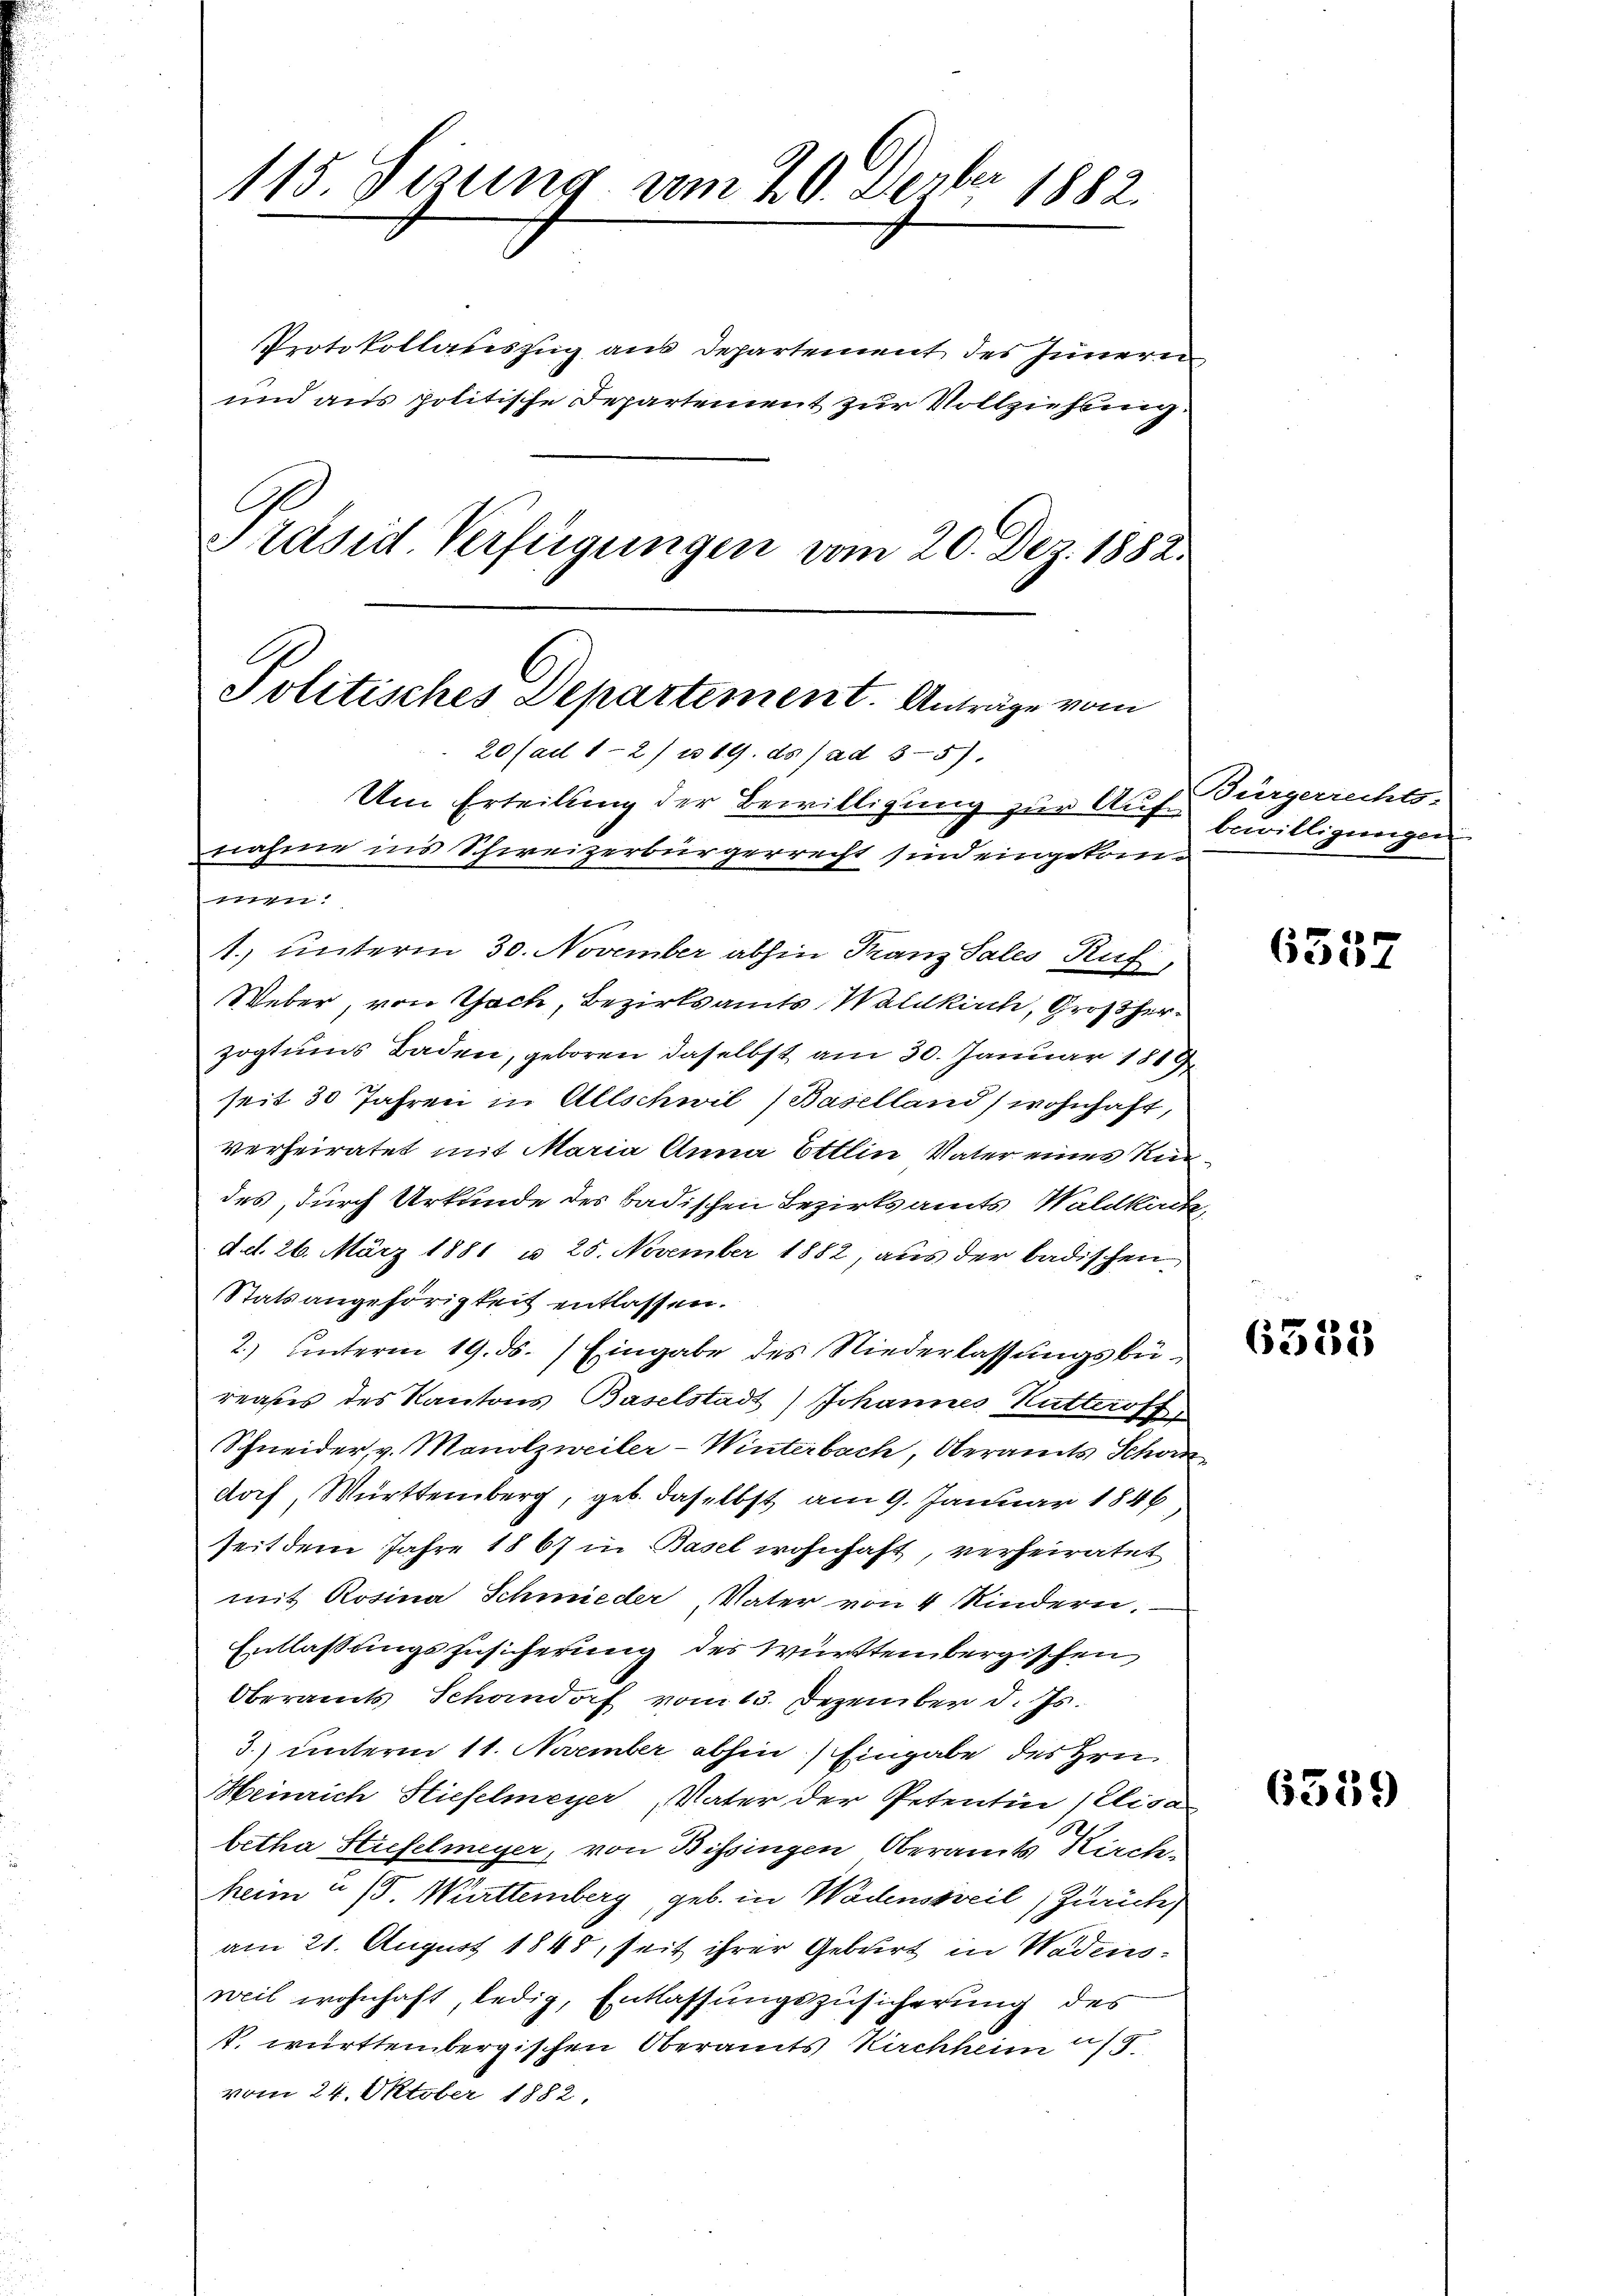
115. Sizung am 20. Depber 1882.

Protokollauszug aus Departement des Innern
und aus politische Departement zur Vollziehung.
Präsid. Verfügungen vom 20. Dez. 1882.

Politisches Departement. Anträge vom
20 (ad 1-2/ u 19. ds / ad 35).
Um Erteilung der Bewilligung zur Auf Bürgerrechts-
nahme ins Schweizerbürgerrecht sind eingekom¬

.
1.) unterm 30. November abhin Franz Sales Ruf,
Weber, von Gach, Bezirksamts Waldkirch, Großherzogtums Baden, geboren daselbst am 30. Januar 1819
seit 30 Jahren in Allschwil (Baselland, wohnhaft,
verheiratet mit Maria Anna Ettin Vater eines Kirdes, durch Urkunde des badischen Bezirksamts Waldkick,
d. d. 26. März 1881 u 25. November 1882, aus der badischen
Statsangehörigkeit entlassen.
2.) unterm 19. ds. Eingabe des Niederlassungsbüreaßes des Kantons Baselstadt) Johannes Kutteroff
Schneider, v. Monolzweiter-Winterbach, Oberamts Schon
doch, Württemberg, geb. daselbst am 9. Januar 1846
seit dem Jahre 1867 in Basel wohnhaft, verheiratet
mit Rosina Schmieder Vater von 4 Kindern,
Entlassungszusicherung des Württembergischen
Oberamts Schandorf vom 13. Dezember d. Js.
3.) unterm 11. November abhin) Eingabe des Hrn
Meinrich Hiefelmeyer, Vater der Petentin Elisa
betha Stiefelmeyer, von Bissingen Oberamts Kirch¬
Meim u. 15. Württemberg, geb. in Wadensweil, Zurücke,
am 21. August 1848 seit ihrer Geburt in Wädensweil wohnhaft, ledig, Entlassungszusicherung des
P. württembergischen Oberamts Kirchheim 15.
vom 24. Oktober 1882.

bewilligungen

6337

6335

6539